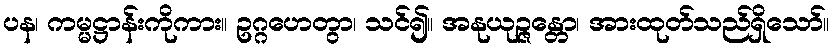
ပန၊ ကမ္မဋ္ဌာန်းကိုကား။ ဥဂ္ဂဟေတွာ၊ သင်၍။ အနုယုဉ္ဇန္တော၊ အားထုတ်သည်ရှိသော်။